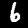
Label: 6